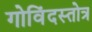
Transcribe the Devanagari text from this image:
गोविंदस्तोत्र